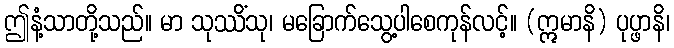
ဤနံ့သာတို့သည်။ မာ သုဿိံသု၊ မခြောက်သွေ့ပါစေကုန်လင့်။ (ဣမာနိ) ပုပ္ဖာနိ၊